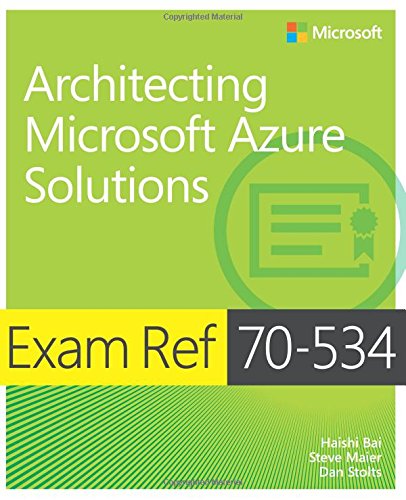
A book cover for Exam Ref 70-534 Architecting Microsoft Azure Solutions; Haishi Bai; Computers & Technology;